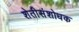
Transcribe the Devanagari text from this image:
शेतीसंशोधक